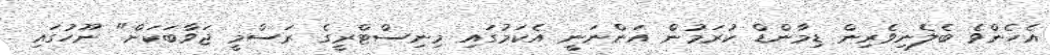
އެހެންވެ ބެލެނިވެރިން ޑިމާންޑް ކުރަމުން އަންނަނީ އެކަމުގައި މިނިސްޓްރީގެ ރަސްމީ ޖަވާބަކަށް" ނޫހުގައި